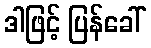
ဒါဖြင့် ပြန်ခေါ်